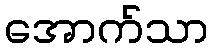
အောက်သာ